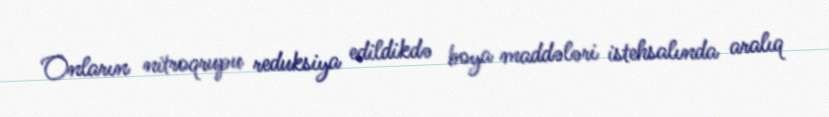
Onların nitroqrupu reduksiya edildikdə boya maddələri istehsalında aralıq